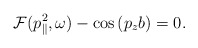
\begin{align*}{\cal F}( p_{\parallel}^2, \omega) - \cos{(p_z b)}=0.\end{align*}